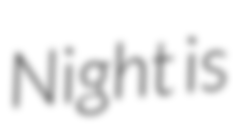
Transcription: Night is